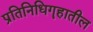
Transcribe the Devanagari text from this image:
प्रतिनिधिगॄहातील